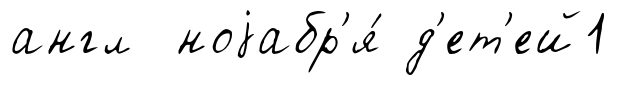
англ ноjабр'я́ д'ет'ей1